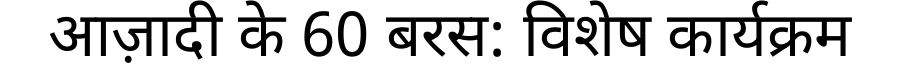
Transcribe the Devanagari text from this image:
आज़ादी के 60 बरस: विशेष कार्यक्रम